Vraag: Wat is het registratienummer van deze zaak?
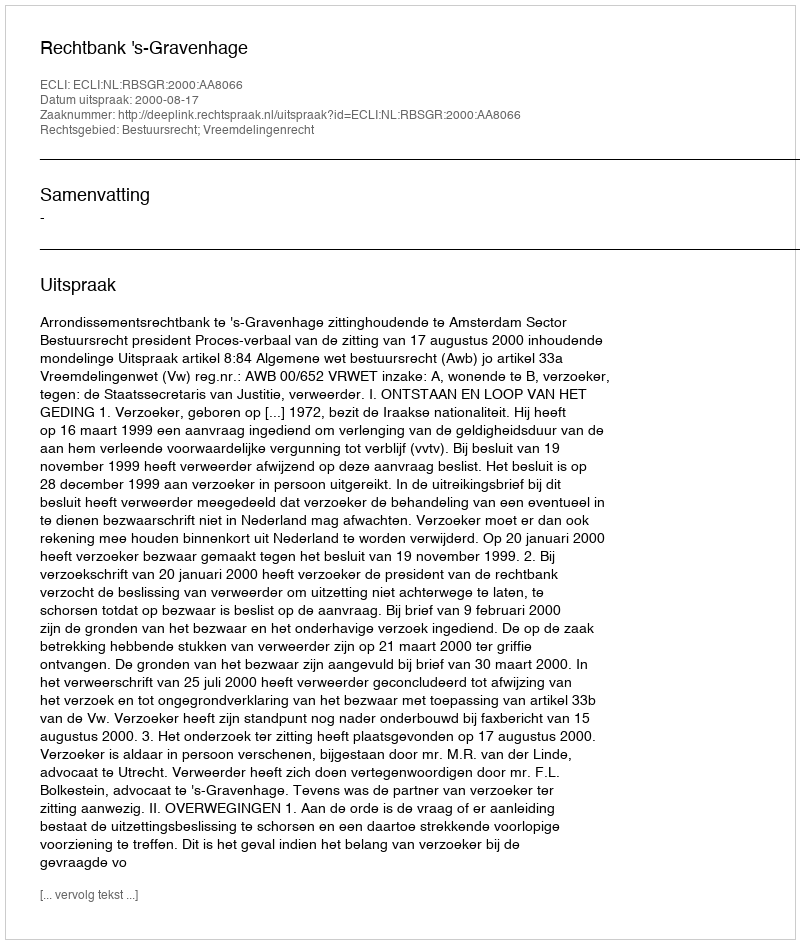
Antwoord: http://deeplink.rechtspraak.nl/uitspraak?id=ECLI:NL:RBSGR:2000:AA8066